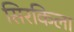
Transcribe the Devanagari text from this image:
सिरकिला